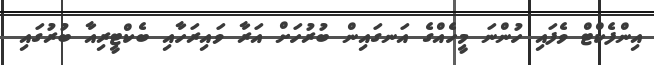
އިންފެކްޓް ވެފައި ހުންނަ މީހެއްގެ އަނގައިން ބުރުހަށް އަރާ ވައިރަހާއި ބެކްޓީރިއާ ބުރުގައި